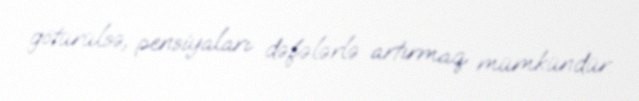
götürülsə, pensiyaları dəfələrlə artırmaq mümkündür.